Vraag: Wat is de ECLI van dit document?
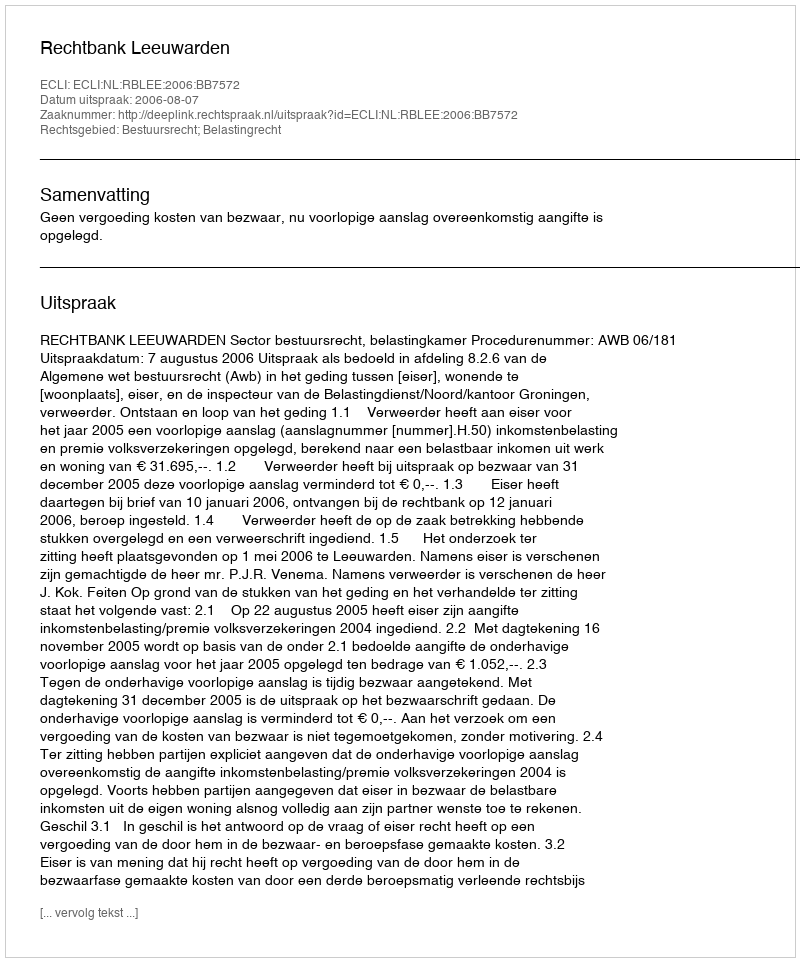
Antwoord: ECLI:NL:RBLEE:2006:BB7572